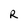
Character: R